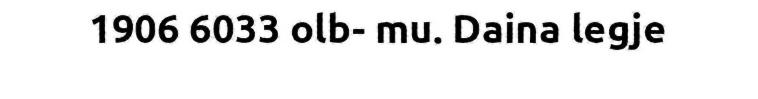
1906 6033 olb- mu. Daina legje